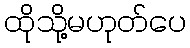
ထိုသို့မဟုတ်ပေ